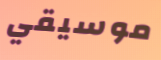
موسيقي